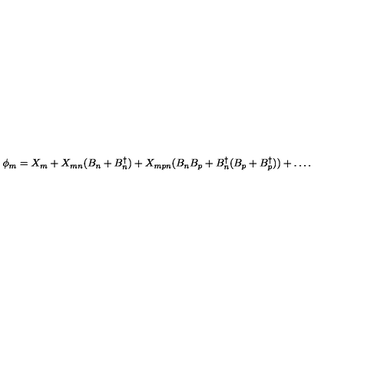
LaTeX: \phi _ { m } = X _ { m } + X _ { m n } ( B _ { n } + B _ { n } ^ { \dagger } ) + X _ { m p n } ( B _ { n } B _ { p } + B _ { n } ^ { \dagger } ( B _ { p } + B _ { p } ^ { \dagger } ) ) + \ldots .